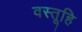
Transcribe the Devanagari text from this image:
वस्तूहि